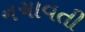
નચાવતી